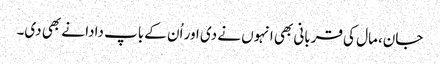
جان، مال کی قربانی بھی انہوں نے دی اور اُن کے باپ دادا نے بھی دی۔